Enquiry on enteric fever in India - Number 32
Disease focus: Fever
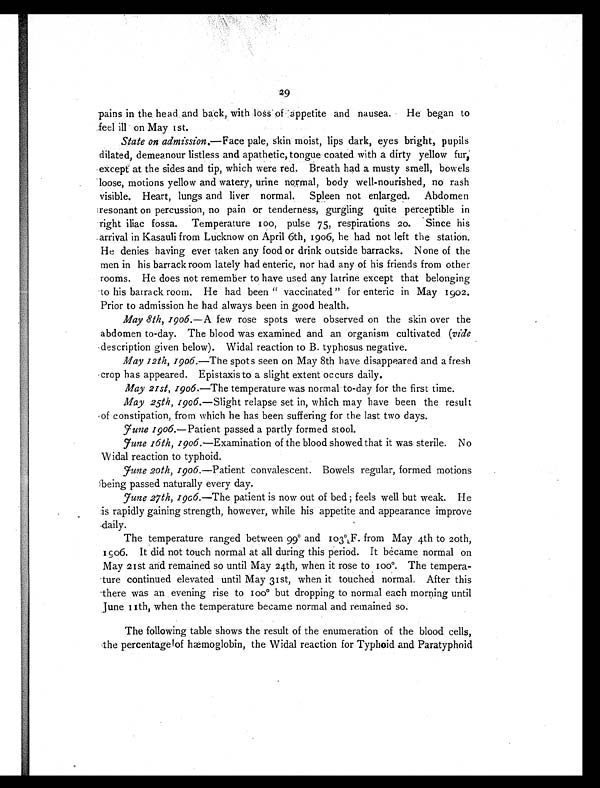
9
pains in the head and back, with loss of appetite and nausea. He began to
feel ill on May 1st.
State on admission. —Face pale, skin moist, lips dark, eyes bright, pupils
dilated, demeanour listless and apathetic, tongue coated with a dirty yellow fur,
except at the sides and tip, which were red. Breath had a musty smell, bowels
loose, motions yellow and watery, urine normal, body well-nourished, no rash
visible. Heart, lungs and liver normal. Spleen not enlarged. Abdomen
resonant on percussion, no pain or tenderness, gurgling quite perceptible in
right iliac fossa. Temperature 100, pulse 75, respirations 20. Since his
arrival in Kasauli from Lucknow on April 6th, 1906, he had not left the station.
He denies having ever taken any food or drink outside barracks. None of the
men in his barrack room lately had enteric, nor had any of his friends from other
rooms. He does not remember to have used any latrine except that belonging
to his barrack room. He had been "vaccinated" for enteric in May 1902.
Prior to admission he had always been in good health.
May 8th, 1906. —A few rose spots were observed on the skin over the
abdomen to-day. The blood was examined and an organism cultivated ( vide
description given below). Widal reaction to B. typhosus negative.
May 12th, 1906. —The spots seen on May 8th have disappeared and a fresh
crop has appeared. Epistaxis to a slight extent occurs daily.
May 21st, 1906. —The temperature was normal to-day for the first time.
May 25th, 1906. —Slight relapse set in, which may have been the result
of constipation, from which he has been suffering for the last two days.
June 1906.—Patient passed a partly formed stool.
June 16th, 1906. —Examination of the blood showed that it was sterile. No
Widal reaction to typhoid.
June 20th, 1906. —Patient convalescent. Bowels regular, formed motions
being passed naturally every day.
June 27th, 1906. —The patient is now out of bed; feels well but weak. He
is rapidly gaining strength, however, while his appetite and appearance improve
daily.
The temperature ranged between 99° and 103°,F. from May 4th to 20th,
1906. It did not touch normal at all during this period. It became normal on
May 21st and remained so until May 24th, when it rose to
100°. The tempera
ture continued elevated until May 31st, when it touched normal. After this
there was an evening rise to 100° but dropping to normal each morning until
June 11th, when the temperature became normal and remained so.
The following table shows the result of the enumeration of the blood cells,
the percentage of hæmoglobin, the Widal reaction for Typhoid and Paratyphoid